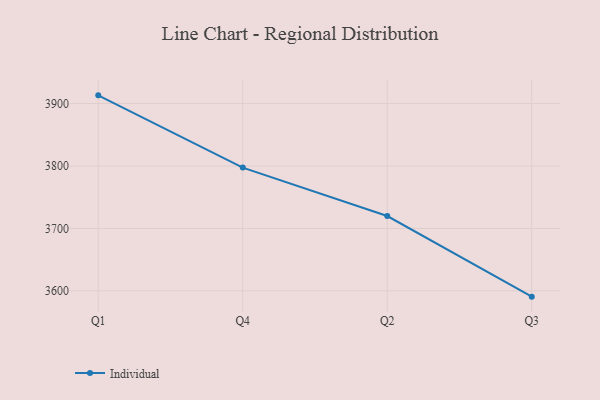
{"axis": {"x": "Quarter", "y": "Energy Usage (MWh)"}, "legend": ["Individual"], "data": [{"x": "Q1", "y": 3913.1, "type": "Individual"}, {"x": "Q4", "y": 3797.4, "type": "Individual"}, {"x": "Q2", "y": 3719.9, "type": "Individual"}, {"x": "Q3", "y": 3590.8, "type": "Individual"}]}